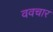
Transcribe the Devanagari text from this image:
ववचार